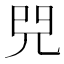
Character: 𠒅